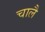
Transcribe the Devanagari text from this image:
चालै